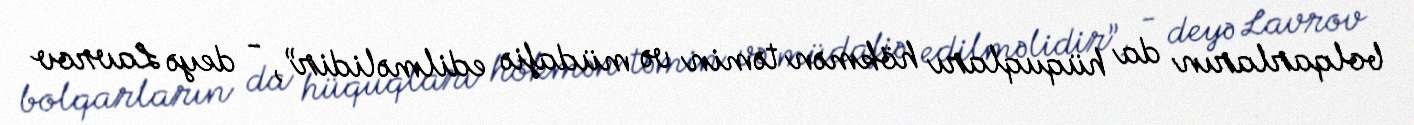
bolqarların da hüquqları hökmən təmin və müdafiə edilməlidir”, - deyə Lavrov